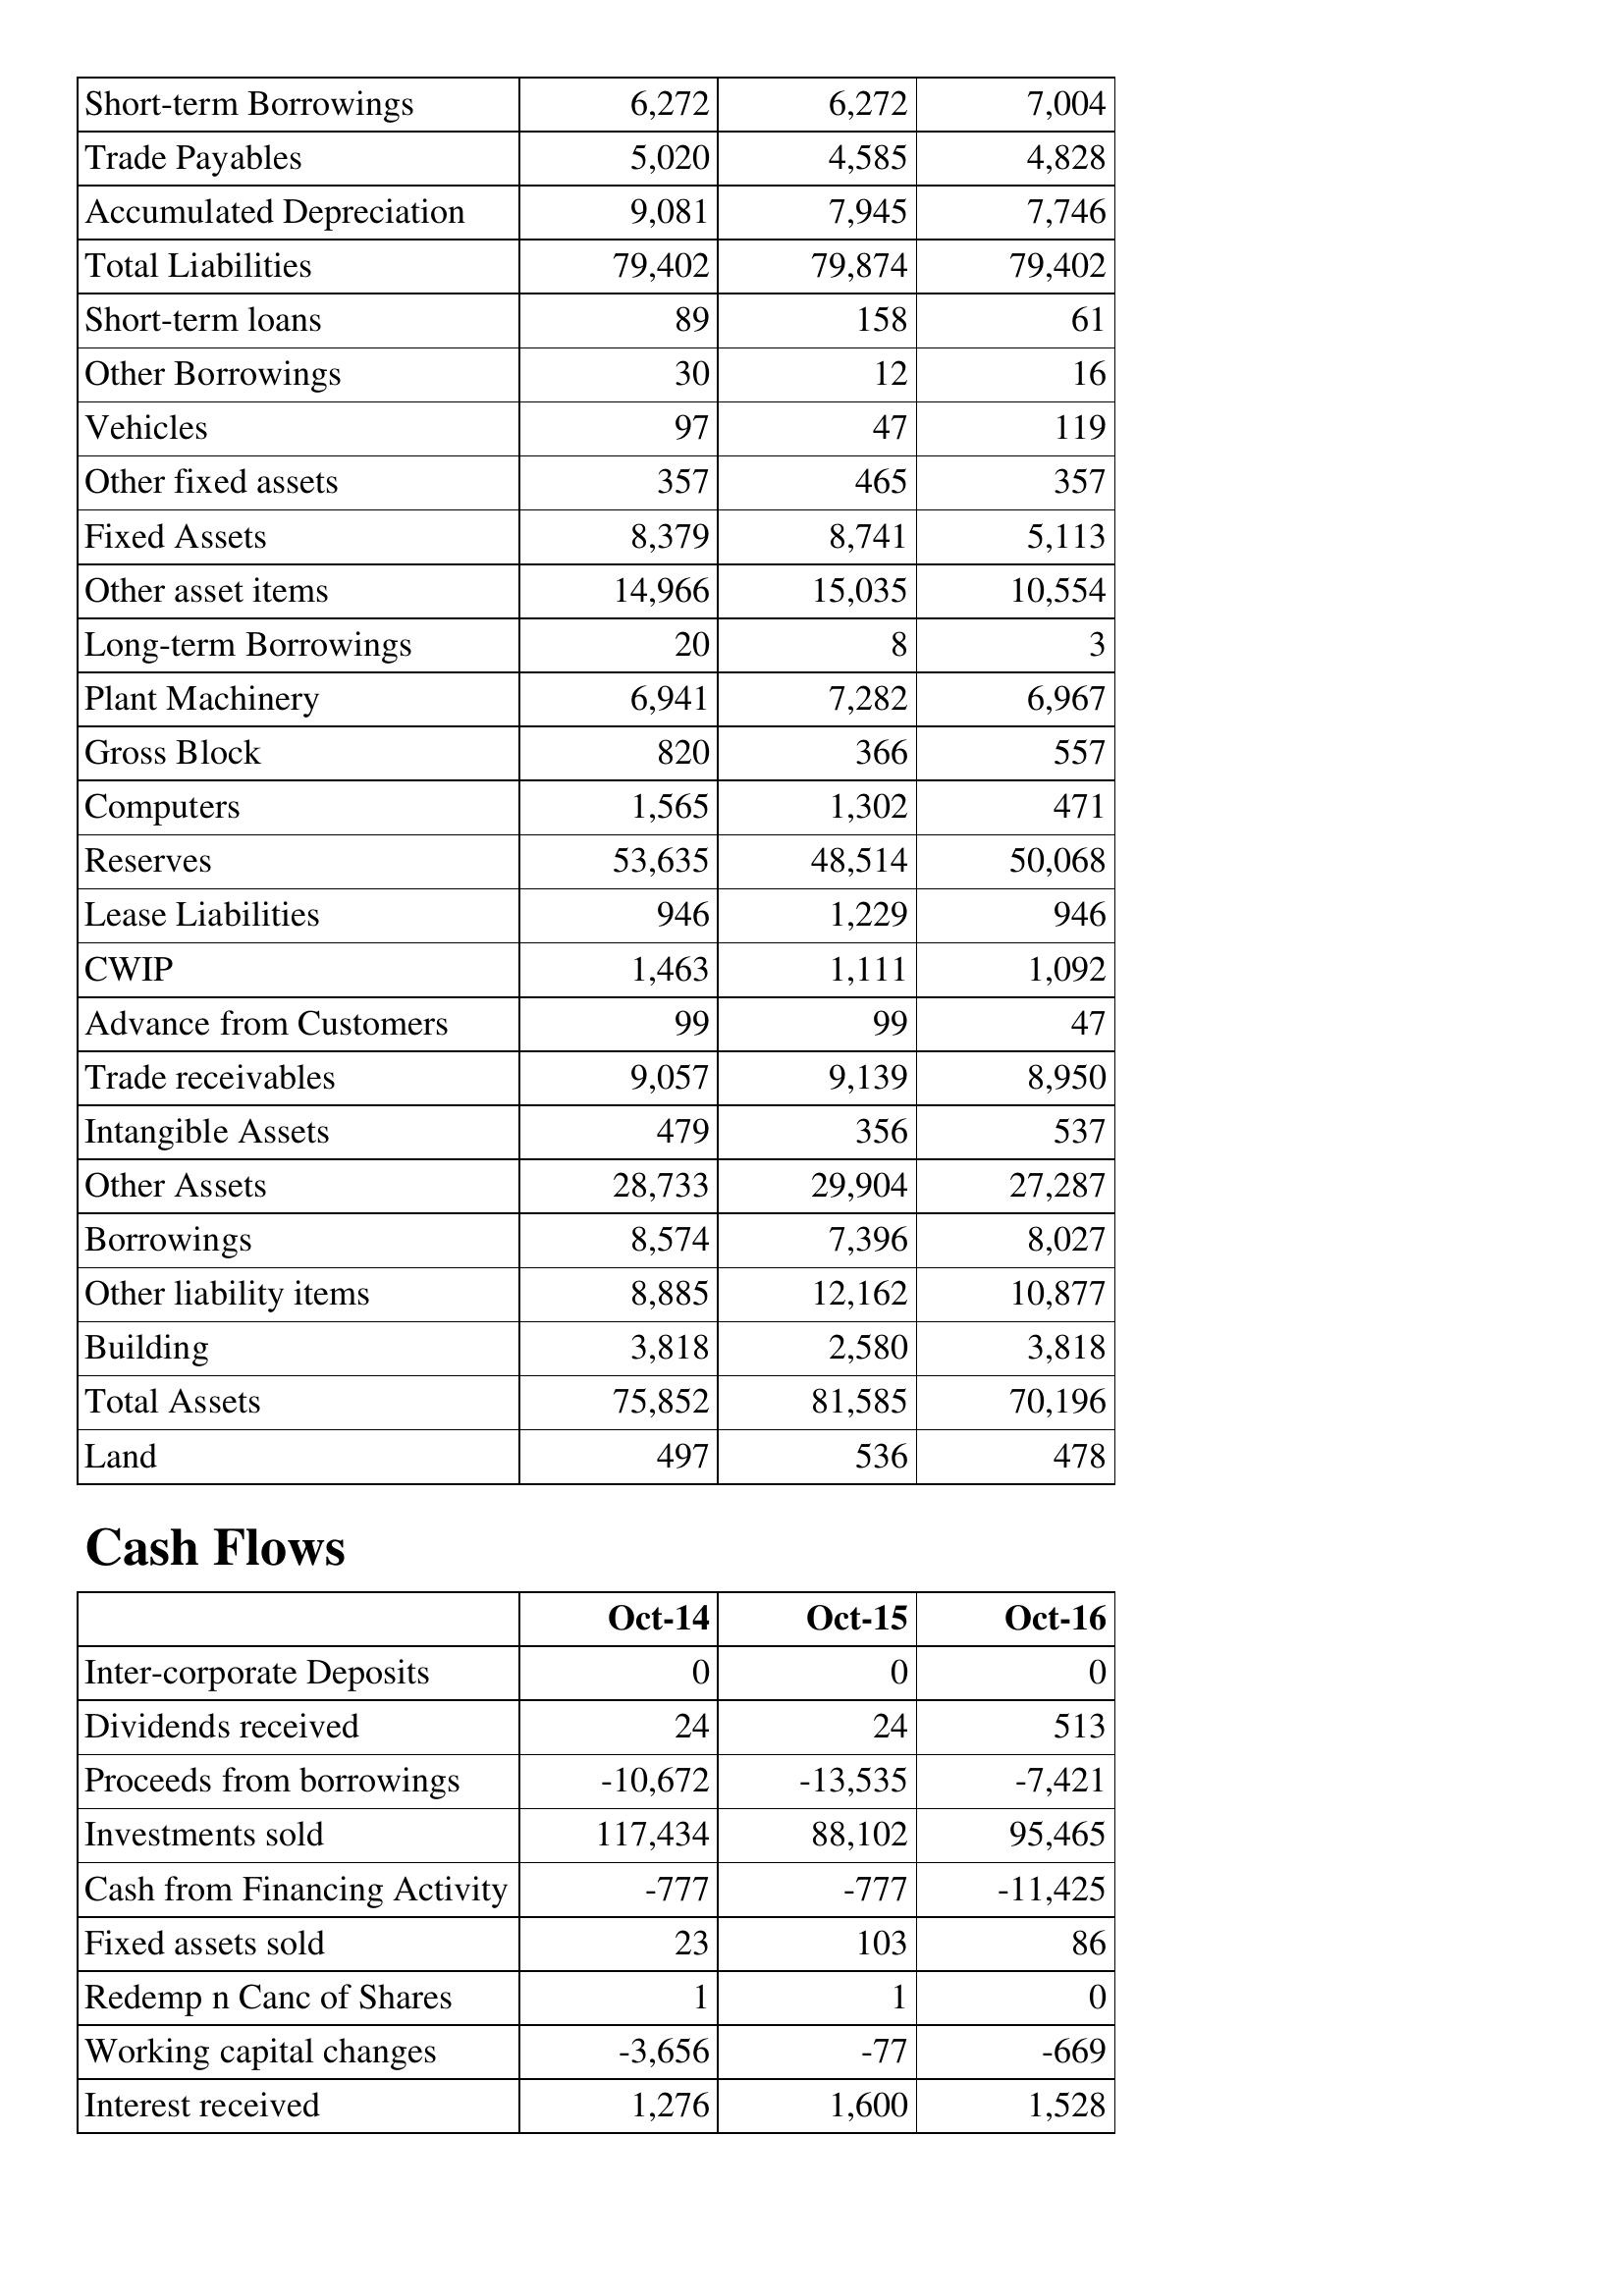
Oct-14: Balance Sheet: Short-term Borrowings: 6,272
Trade Payables: 5,020
Accumulated Depreciation: 9,081
Total Liabilities: 79,402
Short-term loans: 89
Other Borrowings: 30
Vehicles: 97
Other fixed assets: 357
Fixed Assets: 8,379
Other asset items: 14,966
Long-term Borrowings: 20
Plant Machinery: 6,941
Gross Block: 820
Computers: 1,565
Reserves: 53,635
Lease Liabilities: 946
CWIP: 1,463
Advance from Customers: 99
Trade receivables: 9,057
Intangible Assets: 479
Other Assets: 28,733
Borrowings: 8,574
Other liability items: 8,885
Building: 3,818
Total Assets: 75,852
Land: 497
Cash Flows: Inter-corporate Deposits: 0
Dividends received: 24
Proceeds from borrowings: -10,672
Investments sold: 117,434
Cash from Financing Activity: -777
Fixed assets sold: 23
Redemp n Canc of Shares: 1
Working capital changes: -3,656
Interest received: 1,276
Oct-15: Balance Sheet: Short-term Borrowings: 6,272
Trade Payables: 4,585
Accumulated Depreciation: 7,945
Total Liabilities: 79,874
Short-term loans: 158
Other Borrowings: 12
Vehicles: 47
Other fixed assets: 465
Fixed Assets: 8,741
Other asset items: 15,035
Long-term Borrowings: 8
Plant Machinery: 7,282
Gross Block: 366
Computers: 1,302
Reserves: 48,514
Lease Liabilities: 1,229
CWIP: 1,111
Advance from Customers: 99
Trade receivables: 9,139
Intangible Assets: 356
Other Assets: 29,904
Borrowings: 7,396
Other liability items: 12,162
Building: 2,580
Total Assets: 81,585
Land: 536
Cash Flows: Inter-corporate Deposits: 0
Dividends received: 24
Proceeds from borrowings: -13,535
Investments sold: 88,102
Cash from Financing Activity: -777
Fixed assets sold: 103
Redemp n Canc of Shares: 1
Working capital changes: -77
Interest received: 1,600
Oct-16: Balance Sheet: Short-term Borrowings: 7,004
Trade Payables: 4,828
Accumulated Depreciation: 7,746
Total Liabilities: 79,402
Short-term loans: 61
Other Borrowings: 16
Vehicles: 119
Other fixed assets: 357
Fixed Assets: 5,113
Other asset items: 10,554
Long-term Borrowings: 3
Plant Machinery: 6,967
Gross Block: 557
Computers: 471
Reserves: 50,068
Lease Liabilities: 946
CWIP: 1,092
Advance from Customers: 47
Trade receivables: 8,950
Intangible Assets: 537
Other Assets: 27,287
Borrowings: 8,027
Other liability items: 10,877
Building: 3,818
Total Assets: 70,196
Land: 478
Cash Flows: Inter-corporate Deposits: 0
Dividends received: 513
Proceeds from borrowings: -7,421
Investments sold: 95,465
Cash from Financing Activity: -11,425
Fixed assets sold: 86
Redemp n Canc of Shares: 0
Working capital changes: -669
Interest received: 1,528